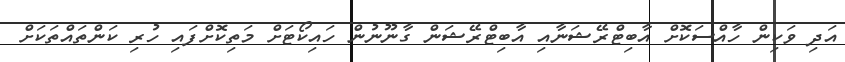
އަދި ވަކިން ހާއްސަކޮށް އާބިޓްރޭޝަނާއި އާބިޓްރޭޝަން ގާނޫނުން ހައިކޯޓަށް މަތިކޮށްފައި ހުރި ކަންތައްތަކަށް